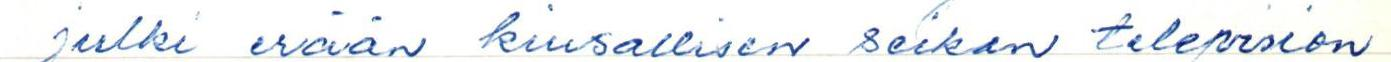
julki erään kiusallisen seikan television